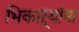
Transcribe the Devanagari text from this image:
भिकाऱ्यांना